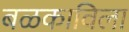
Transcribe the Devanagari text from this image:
बळकाविला